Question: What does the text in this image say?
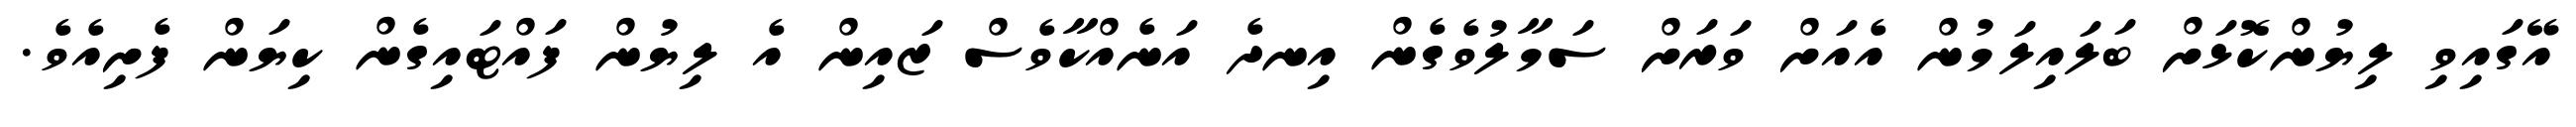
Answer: އޭގައިވި ލިޔުންކޮޅަށް ބަލައިލަމުން އެއަށް ވަރަށް ސަމާލުވެގެން އިނދެ އަނެއްކާވެސް ޒައިން އެ ލިޔުން ފައްޓައިގެން ކިޔަން ފެށިއެވެ.